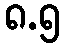
၈.၅